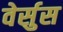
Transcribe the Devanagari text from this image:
वेर्सुस